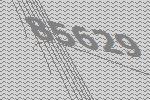
85629